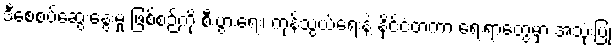
ဒီစေ့စပ်ဆွေးနွေးမှု ဖြစ်စဉ်ကို စီးပွားရေး၊ ကုန်သွယ်ရေးနဲ့ နိုင်ငံတကာ ရေးရာတွေမှာ အသုံးပြု